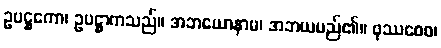
ဥပဋ္ဌကော၊ ဥပဋ္ဌာကသည်။ အဘယောနာမ၊ အဘယမည်၏။ ဖုဿစေဝ၊